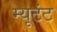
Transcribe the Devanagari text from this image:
म्यूटंट